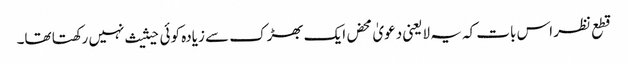
قطع نظر اس بات کہ یہ لایعنی دعویٰ محض ایک بھڑک سے زیادہ کوئی حیثیث نہیں رکھتا تھا۔